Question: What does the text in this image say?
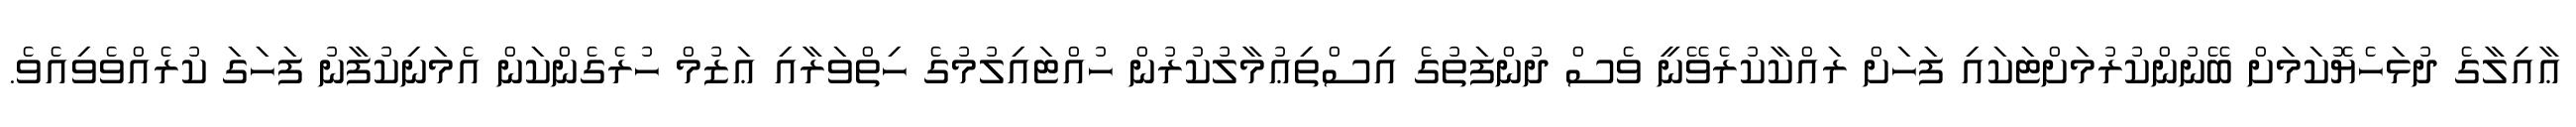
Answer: ޢާއިލާގެ ދުޅަހެޔޮކަމަށް ބޭނުންކުރުމަށްޓަކައި ފަހަށް ރައްކާކުރެވޭނީ ވެސް ދުންފަތުގެ އިސްތިޢުމާލުކުރުން ހުއްޓައިލުމުގެ ހިތްވަރާއި ޢަޒުމް ހުރެގެންކަން އެމަނިކުފާނު ފަހަގަ ކުރެއްވެވިއެވެ.